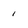
Character: i